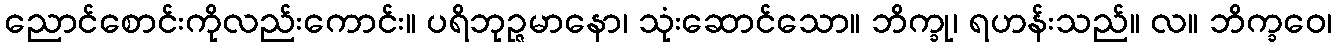
ညောင်စောင်းကိုလည်းကောင်း။ ပရိဘုဉ္ဇမာနော၊ သုံးဆောင်သော။ ဘိက္ခု၊ ရဟန်းသည်။ လ။ ဘိက္ခဝေ၊